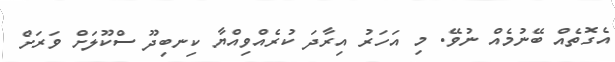
އެގޮތެއް ބޭނުމެއް ނުވޭ. މި އަހަރު އިރާދަ ކުރެއްވިއްޔާ ކިނބިދޫ ސްކޫލަށް ވަރަށް